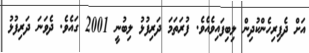
އަށް ދެފިރިހެންކުދިން ލިބިފައިވެއެވެ. ފުރަތަމަ ދަރިފުޅު ލިބުނީ 2001 ގައެވެ. ދެވަނަ ދަރިފުޅު